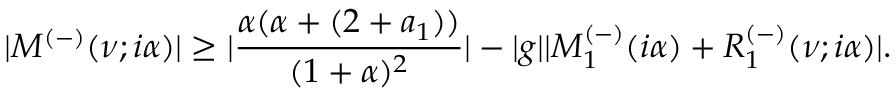
| M ^ { ( - ) } ( \nu ; i \alpha ) | \geq | \frac { \alpha ( \alpha + ( 2 + a _ { 1 } ) ) } { ( 1 + \alpha ) ^ { 2 } } | - | g | | M _ { 1 } ^ { ( - ) } ( i \alpha ) + R _ { 1 } ^ { ( - ) } ( \nu ; i \alpha ) | .